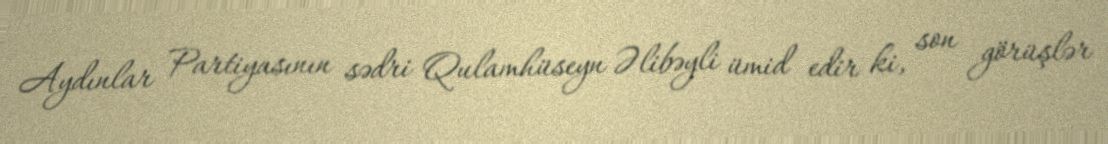
Aydınlar Partiyasının sədri Qulamhüseyn Əlibəyli ümid edir ki, son görüşlər